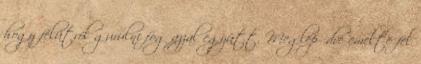
hogy félútról gurulni fog azzal együtt. Meglepődve emelte fel